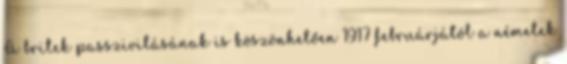
A britek passzivitásának is köszönhetően 1917 februárjától a németek